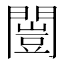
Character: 闓